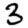
Digit: 3